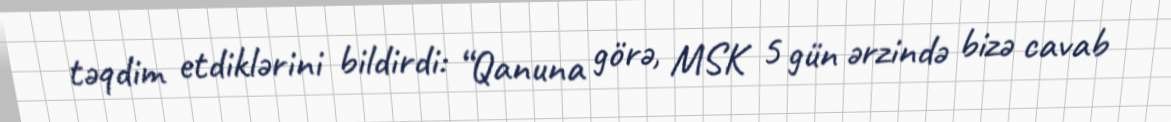
təqdim etdiklərini bildirdi: “Qanuna görə, MSK 5 gün ərzində bizə cavab